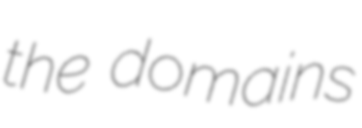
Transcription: the domains